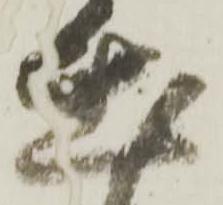
出